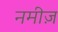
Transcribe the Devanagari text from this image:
नमीज़